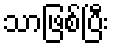
သာဖြစ်ပြီး